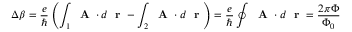
\Delta \beta = \frac { e } { \hbar } \left( \int _ { 1 } \mathrm { ~ \bf ~ A ~ } \cdot d \mathrm { ~ \bf ~ r ~ } - \int _ { 2 } \mathrm { ~ \bf ~ A ~ } \cdot d \mathrm { ~ \bf ~ r ~ } \right) = \frac { e } { \hbar } \oint \mathrm { ~ \bf ~ A ~ } \cdot d \mathrm { ~ \bf ~ r ~ } = \frac { 2 \pi \Phi } { \Phi _ { 0 } }